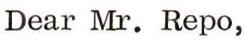
Dear Mr. Repo,